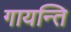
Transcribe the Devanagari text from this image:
गायन्ति